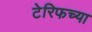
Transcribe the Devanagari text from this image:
टेरिफच्या